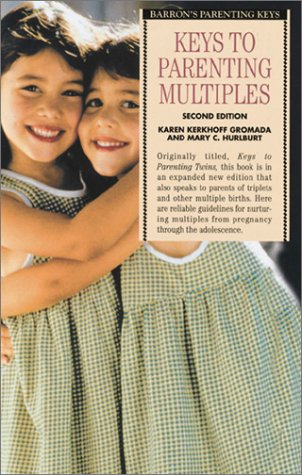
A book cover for Keys to Parenting Multiples (Barron's Parenting Keys); Karen Kerkhoff Gromada; Parenting & Relationships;